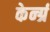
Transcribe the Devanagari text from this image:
केर्न्ग्र